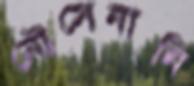
নৌসেনানি